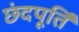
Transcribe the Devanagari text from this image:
छंदपूर्ति